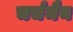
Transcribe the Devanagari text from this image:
चर्चमैन